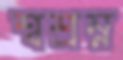
শ্বশ্রম্ন